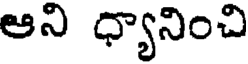
ఆని ధ్యానించి